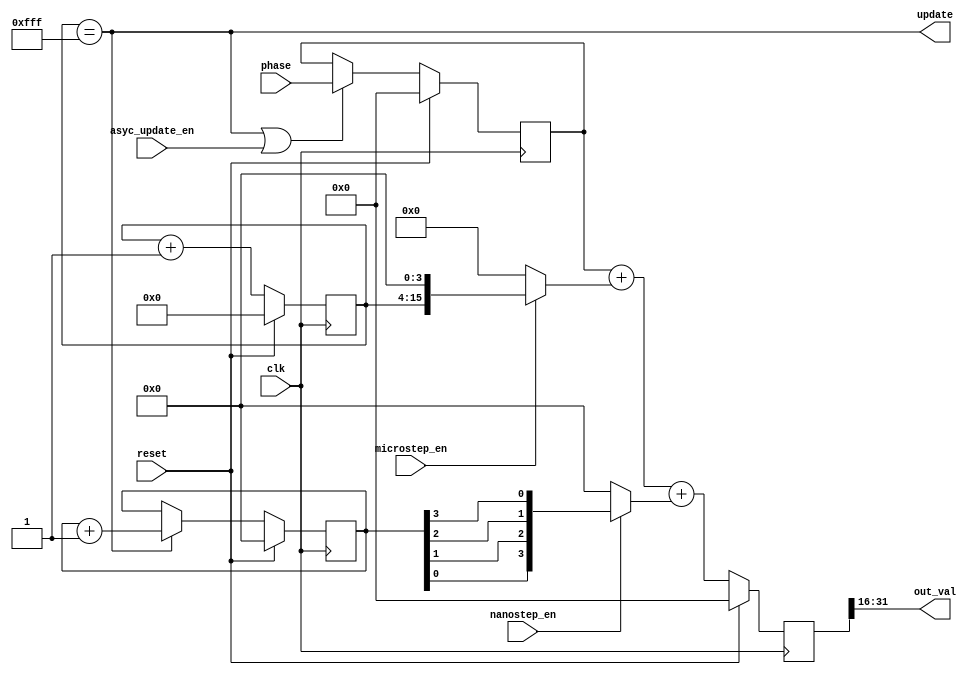
// This program was cloned from: https://github.com/ryuz/jelly
// License: MIT License

// ---------------------------------------------------------------------------
//  Jelly  -- the system on fpga system
//
//  microstep PWM controler
//
//                                 Copyright (C) 2008-2020 by Ryuz
//                                 https://github.com/ryuz/jelly.git
// ---------------------------------------------------------------------------


`timescale 1ns / 1ps
`default_nettype none


module microstep_pwm_control
        #(
            parameter   PAHSE_WIDTH     = 32,
            parameter   Q_WIDTH         = 16,
            parameter   OUTPUT_WIDTH    = PAHSE_WIDTH - Q_WIDTH,
            parameter   MICROSTEP_WIDTH = 12
        )
        (
            input   wire                        reset,
            input   wire                        clk,
            
            input   wire                        microstep_en,
            input   wire                        nanostep_en,
            input   wire                        asyc_update_en,
            
            input   wire    [PAHSE_WIDTH-1:0]   phase,
            output  wire                        update,
            
            output  wire    [OUTPUT_WIDTH-1:0]  out_val
        );
    
    localparam NANOSTEP_WIDTH = Q_WIDTH > MICROSTEP_WIDTH ? Q_WIDTH - MICROSTEP_WIDTH : 1;
    
    
    function [PAHSE_WIDTH-1:0]  microstep_cnv(input [MICROSTEP_WIDTH-1:0] microstep);
    begin
        if ( Q_WIDTH > MICROSTEP_WIDTH ) begin
            microstep_cnv = microstep << (Q_WIDTH - MICROSTEP_WIDTH);
        end
        else begin
            microstep_cnv = microstep >> (MICROSTEP_WIDTH - Q_WIDTH);
        end
    end
    endfunction
    
    function [PAHSE_WIDTH-1:0]  nanostep_cnv(input [NANOSTEP_WIDTH-1:0] nanostep);
    integer i;
    begin
        nanostep_cnv = 0;
        if ( Q_WIDTH > MICROSTEP_WIDTH ) begin
            for ( i = 0; i < NANOSTEP_WIDTH; i = i+1 ) begin
                nanostep_cnv[i] = nanostep[NANOSTEP_WIDTH-1 - i];
            end
        end
    end
    endfunction
    
    
    reg     [MICROSTEP_WIDTH-1:0]   st0_micro_counter;
    reg     [NANOSTEP_WIDTH-1:0]    st0_nano_counter;
    wire    [PAHSE_WIDTH-1:0]       st0_micro_step = microstep_en ? microstep_cnv(st0_micro_counter) : 0;
    wire    [PAHSE_WIDTH-1:0]       st0_nano_step  = nanostep_en  ? nanostep_cnv(st0_nano_counter)   : 0;
    reg     [PAHSE_WIDTH-1:0]       st0_phase;
    reg     [PAHSE_WIDTH-1:0]       st1_phase;
    
    always @(posedge clk) begin
        if ( reset ) begin
            st0_micro_counter <= {MICROSTEP_WIDTH{1'b0}};
            st0_nano_counter  <= {NANOSTEP_WIDTH{1'b0}};
            st0_phase         <= {PAHSE_WIDTH{1'b0}};
            st1_phase         <= {PAHSE_WIDTH{1'b0}};
        end
        else begin
            // stage 0
            if ( update || asyc_update_en ) begin
                st0_phase <= phase;
            end
            st0_micro_counter <= st0_micro_counter + 1'b1;
            if ( update ) begin
                st0_nano_counter <= st0_nano_counter + 1'b1;
            end
            
            // stage 1
            st1_phase <= st0_phase + st0_micro_step + st0_nano_step;
        end
    end
    
    assign update = (st0_micro_counter == {MICROSTEP_WIDTH{1'b1}});
    
    assign out_val = (st1_phase >> Q_WIDTH);
    
endmodule


`default_nettype wire


// end of file